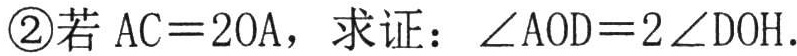
\textcircled{2}若 \(AC = 2OA\)，求证：\(\angle AOD = 2\angle DOH\)．